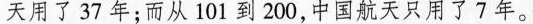
天用了3 7年；而从101到200，中国航天只用了7年。